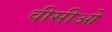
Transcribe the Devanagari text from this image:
वीसीओ